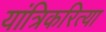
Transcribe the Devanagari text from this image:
यांत्रिकरित्या